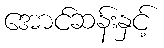
အောင်ဆန်းနှင့်